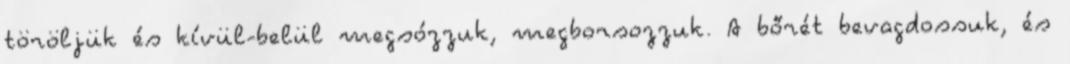
töröljük és kívül-belül megsózzuk, megborsozzuk. A bőrét bevagdossuk, és